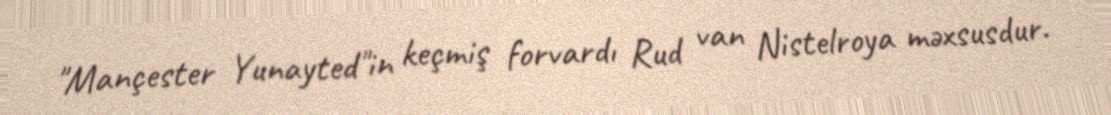
"Mançester Yunayted"in keçmiş forvardı Rud van Nistelroya məxsusdur.